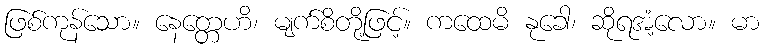
ဖြစ်ကုန်သော။ နေတ္တေဟိ၊ မျက်စိတို့ဖြင့်။ ကထေမိ နုခေါ၊ ဆိုရအံ့လော။ မာ